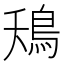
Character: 鴁